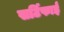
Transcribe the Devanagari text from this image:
सर्टिफाई